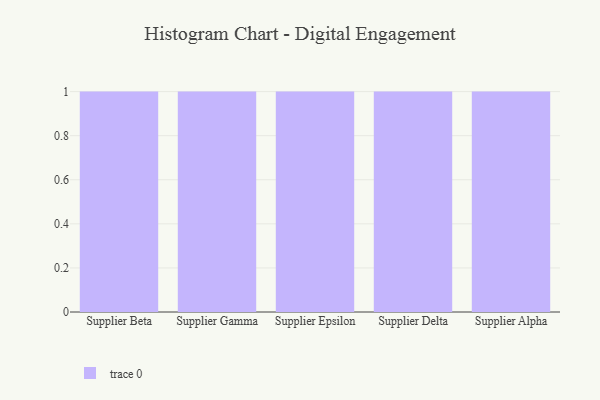
{"axis": {"x": "Supplier", "y": "Budget (USD K)"}, "legend": [""], "data": [{"x": "Supplier Beta", "y": 100, "type": ""}, {"x": "Supplier Gamma", "y": 70, "type": ""}, {"x": "Supplier Epsilon", "y": 27, "type": ""}, {"x": "Supplier Delta", "y": 63, "type": ""}, {"x": "Supplier Alpha", "y": 69, "type": ""}]}